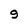
Character: 9